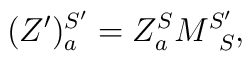
(Z')_a^{S'} = Z^{S}_a M_{\;\;S}^{S'},